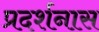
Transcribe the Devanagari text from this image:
प्रदर्शनास